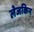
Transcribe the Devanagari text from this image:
लेजकिन